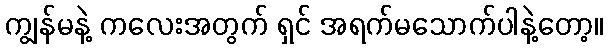
ကျွန်မနဲ့ ကလေးအတွက် ရှင် အရက်မသောက်ပါနဲ့တော့။